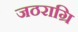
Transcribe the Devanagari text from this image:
जठराग्रि